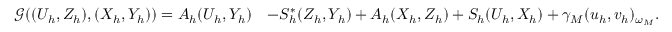
\begin{array} { r l } { \mathcal { G } ( ( U _ { h } , Z _ { h } ) , ( X _ { h } , Y _ { h } ) ) = A _ { h } ( U _ { h } , Y _ { h } ) } & { - S _ { h } ^ { \ast } ( Z _ { h } , Y _ { h } ) + A _ { h } ( X _ { h } , Z _ { h } ) + S _ { h } ( U _ { h } , X _ { h } ) + \gamma _ { M } ( { u } _ { h } , { v } _ { h } ) _ { \omega _ { M } } . } \end{array}